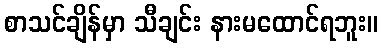
စာသင်ချိန်မှာ သီချင်း နားမထောင်ရဘူး။